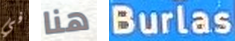
في هنا Burlas